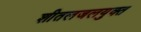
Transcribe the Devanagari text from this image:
शीतलजलयुक्त